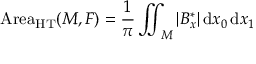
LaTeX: \operatorname { A r e a } _ { \mathrm { H T } } ( M , F ) = { \frac { 1 } { \pi } } \iint _ { M } | B _ { x } ^ { * } | \, \mathrm { d } x _ { 0 } \, \mathrm { d } x _ { 1 }